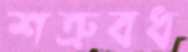
শত্রুবধ